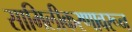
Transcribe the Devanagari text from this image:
सामिलीकरणावरून